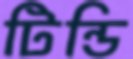
টিন্ডি